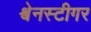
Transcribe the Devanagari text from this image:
श्वेनस्टीगर